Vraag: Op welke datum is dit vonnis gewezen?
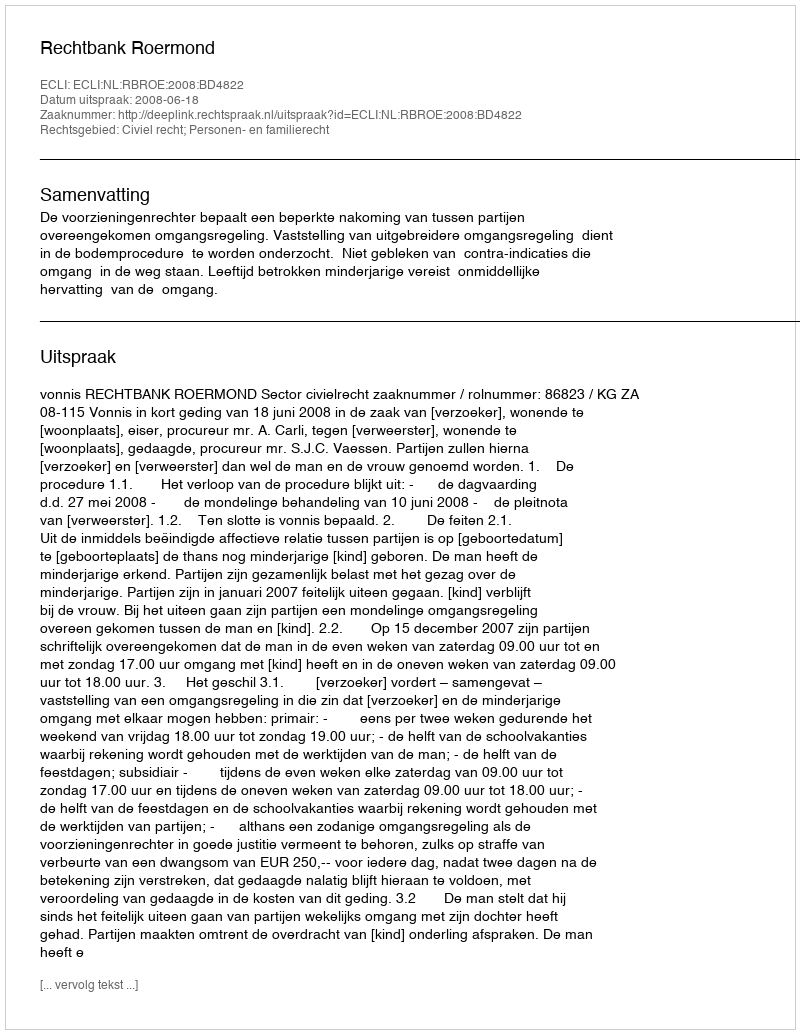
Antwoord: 2008-06-18